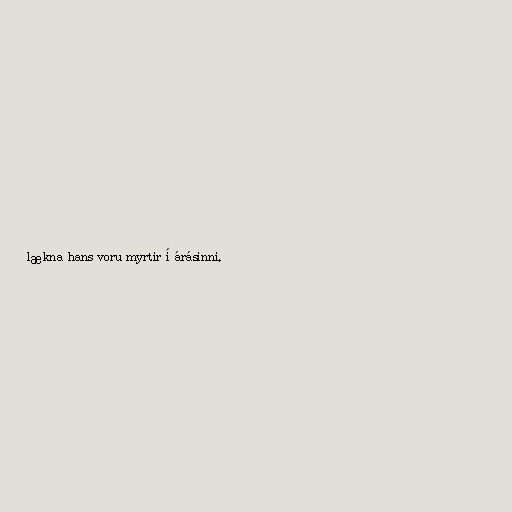
lækna hans voru myrtir í árásinni.